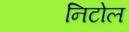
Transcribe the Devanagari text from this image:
निटोल